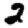
Digit: 2